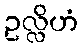
ဥလ္လိဟံ